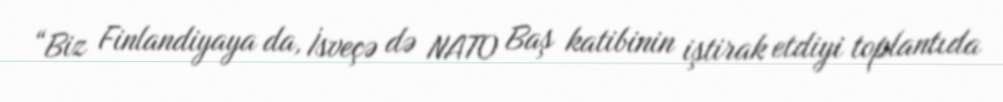
“Biz Finlandiyaya da, İsveçə də NATO Baş katibinin iştirak etdiyi toplantıda